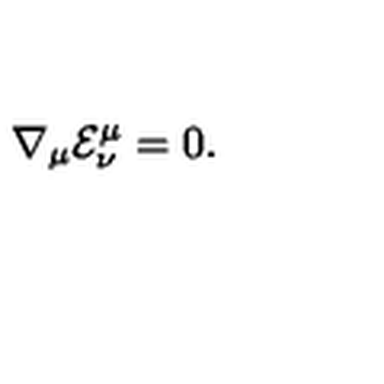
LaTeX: { \nabla _ { \mu } } { { \mathcal { E } } _ { \nu } ^ { \mu } } = 0 .